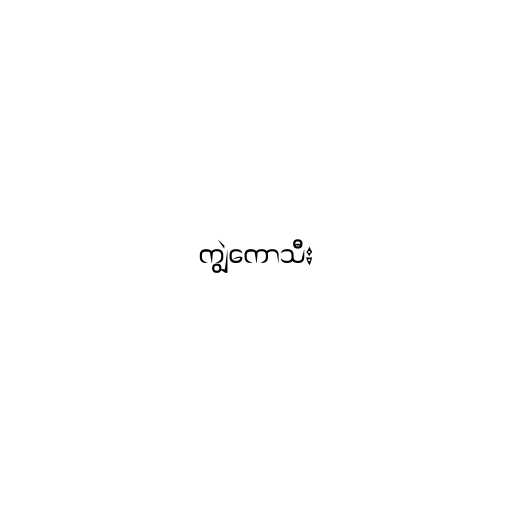
ကျွဲကောသီး